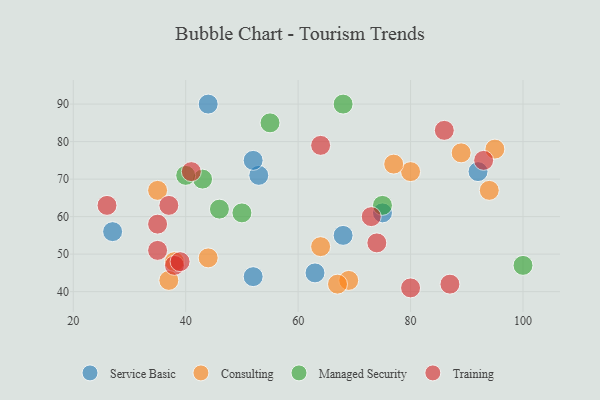
{"axis": {"x": "GDP", "y": "Life Expectancy"}, "legend": ["Consulting", "Managed Security", "Service Basic", "Training"], "data": [{"x": "68", "y": 55, "type": "Service Basic"}, {"x": "52", "y": 44, "type": "Service Basic"}, {"x": "92", "y": 72, "type": "Service Basic"}, {"x": "53", "y": 71, "type": "Service Basic"}, {"x": "75", "y": 61, "type": "Service Basic"}, {"x": "63", "y": 45, "type": "Service Basic"}, {"x": "52", "y": 75, "type": "Service Basic"}, {"x": "44", "y": 90, "type": "Service Basic"}, {"x": "27", "y": 56, "type": "Service Basic"}, {"x": "69", "y": 43, "type": "Consulting"}, {"x": "80", "y": 72, "type": "Consulting"}, {"x": "77", "y": 74, "type": "Consulting"}, {"x": "38", "y": 48, "type": "Consulting"}, {"x": "37", "y": 43, "type": "Consulting"}, {"x": "89", "y": 77, "type": "Consulting"}, {"x": "44", "y": 49, "type": "Consulting"}, {"x": "64", "y": 52, "type": "Consulting"}, {"x": "95", "y": 78, "type": "Consulting"}, {"x": "35", "y": 67, "type": "Consulting"}, {"x": "67", "y": 42, "type": "Consulting"}, {"x": "94", "y": 67, "type": "Consulting"}, {"x": "55", "y": 85, "type": "Managed Security"}, {"x": "43", "y": 70, "type": "Managed Security"}, {"x": "68", "y": 90, "type": "Managed Security"}, {"x": "46", "y": 62, "type": "Managed Security"}, {"x": "75", "y": 63, "type": "Managed Security"}, {"x": "40", "y": 71, "type": "Managed Security"}, {"x": "100", "y": 47, "type": "Managed Security"}, {"x": "50", "y": 61, "type": "Managed Security"}, {"x": "26", "y": 63, "type": "Training"}, {"x": "74", "y": 53, "type": "Training"}, {"x": "41", "y": 72, "type": "Training"}, {"x": "38", "y": 47, "type": "Training"}, {"x": "37", "y": 63, "type": "Training"}, {"x": "35", "y": 51, "type": "Training"}, {"x": "35", "y": 58, "type": "Training"}, {"x": "39", "y": 48, "type": "Training"}, {"x": "93", "y": 75, "type": "Training"}, {"x": "87", "y": 42, "type": "Training"}, {"x": "64", "y": 79, "type": "Training"}, {"x": "86", "y": 83, "type": "Training"}, {"x": "73", "y": 60, "type": "Training"}, {"x": "80", "y": 41, "type": "Training"}]}